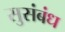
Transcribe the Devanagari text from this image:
सुसंबंध